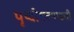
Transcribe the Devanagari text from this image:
पृथ्वीपल्याडची